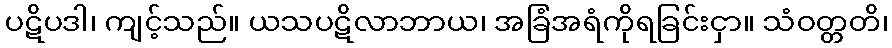
ပဋိပဒါ၊ ကျင့်သည်။ ယသပဋိလာဘာယ၊ အခြံအရံကိုရခြင်းငှာ။ သံဝတ္တတိ၊